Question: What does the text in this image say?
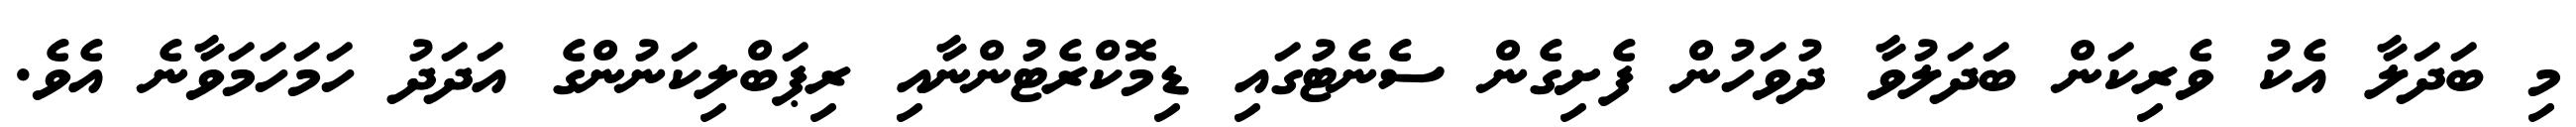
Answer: މި ބަދަލާ އެކު ވެރިކަން ބަދަލުވާ ދުވަހުން ފެށިގެން ސެނެޓުގައި ޑިމޮކްރެޓުންނާއި ރިޕަބްލިކަނުންގެ އަދަދު ހަމަހަމަވާނެ އެވެ.